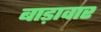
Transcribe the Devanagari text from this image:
बाड़ावार